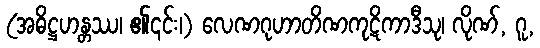
(အဓိဋ္ဌဟန္တဿ၊ ၏၎င်း၊) လေဏဂုဟာတိဏကုဋိကာဒီသု၊ လိုဏ်, ဂူ,